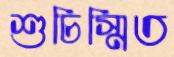
শুচিস্মিত